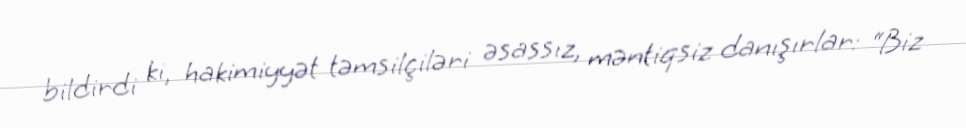
bildirdi ki, hakimiyyət təmsilçiləri əsassız, məntiqsiz danışırlar: “Biz